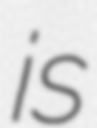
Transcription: is